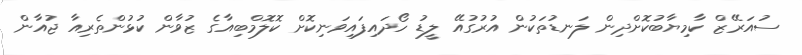
ސުއަރޭޒް ކާމިޔާބުކޮށްދިން ލަނޑުތަކުން އުރުގުއޭ ލީޑު ހޯދައިފައިވަނިކޮށް ކޮލޮމްބިއާގެ ޒުވާން ކުޅުންތެރިއާ ޖުއާން